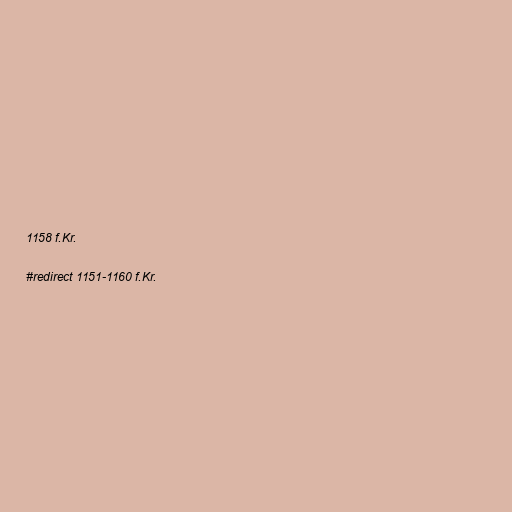
1158 f.Kr.

#redirect 1151-1160 f.Kr.